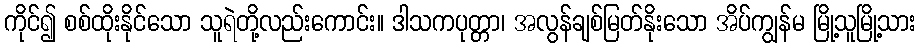
ကိုင်၍ စစ်ထိုးနိုင်သော သူရဲတို့လည်းကောင်း။ ဒါသကပုတ္တာ၊ အလွန်ချစ်မြတ်နိုးသော အိပ်ကျွန်မ မြို့သူမြို့သား